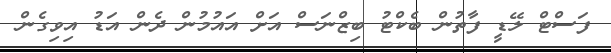
ފަސްޓް ލޭޑީ ފާތުން ބެކްޓު ބިޒްނަސް އަށް އައުމުން ދެން އަޑު އިވިގެން